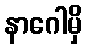
နာဂေါမှိ